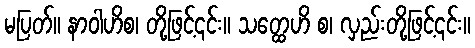
မပြတ်။ နာဝါဟိစ၊ တို့ဖြင့်၎င်း။ သတ္ထေဟိ စ၊ လှည်းတို့ဖြင့်၎င်း။